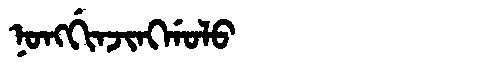
Manchu: ᠨᠣᠩᡤᡳᠨᠵᡳᠩᡤᠣᠯᠣ
Romanization: NONGGINJINGGOLO